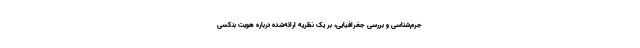
جرم‌شناسی و بررسی جغرافیایی، بر یک نظریه ارائه‌شده درباره هویت بنکسی